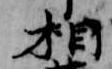
相